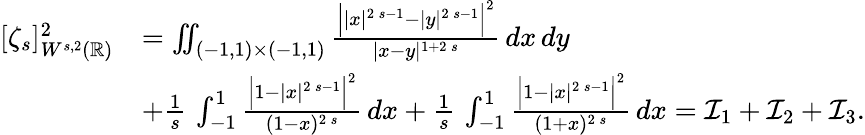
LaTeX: \begin{array}{rl}{[\zeta_{s}]_{W^{s,2}(\mathbb{R})}^{2}}&{=\iint_{(-1,1)\times(-1,1)}\frac{\Big||x|^{2\, s-1}-|y|^{2\, s-1}\Big|^{2}}{|x-y|^{1+2\, s}}\, dx\, dy}\\ &{+\frac{1}{s}\, \int_{-1}^{1}\frac{\Big|1-|x|^{2\, s-1}\Big|^{2}}{(1-x)^{2\, s}}\, dx+\frac{1}{s}\, \int_{-1}^{1}\frac{\Big|1-|x|^{2\, s-1}\Big|^{2}}{(1+x)^{2\, s}}\, dx=\mathcal{I}_{1}+\mathcal{I}_{2}+\mathcal{I}_{3}.}\end{array}